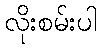
လိုးစမ်းပါ